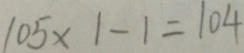
1 0 5 \times 1 - 1 = 1 0 4